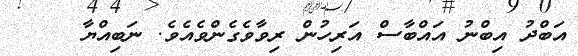
އަބްދު އިބްނު އައްބާސް އަރިހުން ރިވާވެގެންވެއެވެ. ނަބިއްޔާ